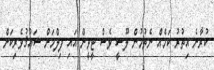
ކުރާނެ އިތުރު ކަމެއް ނެތުމުން ލޫސީ ވެސް ޓީވީން އައި ފިލްމަށް ޝައުޤުވެރިކަން